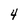
Character: 4